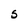
Character: S